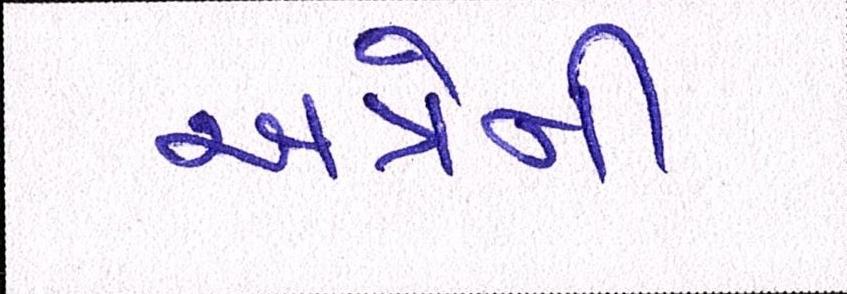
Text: અત્રેની